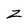
Character: Z